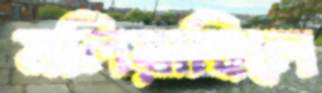
মলিয়াছিলে